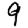
Digit: 9